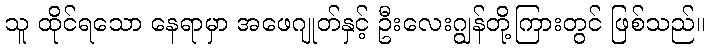
သူ ထိုင်ရသော နေရာမှာ အဖေဂျုတ်နှင့် ဦးလေးဂျွန်တို့ကြားတွင် ဖြစ်သည်။